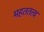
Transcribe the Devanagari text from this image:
महततत्व